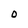
Character: O